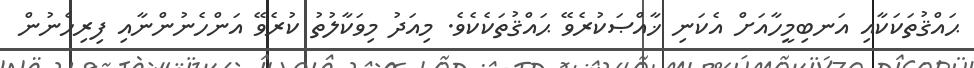
ޙައްޤުތަކަކާއި އަނބިމީހާއަށް އެކަނި ޚާއްޞަކުރެވޭ ޙައްޤުތަކެކެވެ. މިއަދު މިވަކާލުތު ކުރެވޭ އަންހެނުންނާއި ފިރިހެނުން